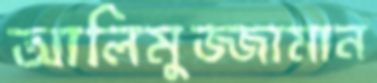
আলিমুজ্জামান